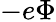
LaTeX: -e\Phi